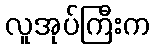
လူအုပ်ကြီးက